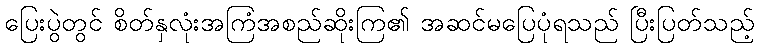
ပြေးပွဲတွင် စိတ်နှလုံးအကြံအစည်ဆိုးကြ၏ အဆင်မပြေပုံရသည် ပြီးပြတ်သည့်